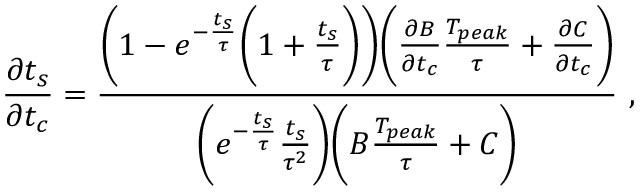
\frac { \partial t _ { s } } { \partial t _ { c } } = \frac { \Bigg ( 1 - e ^ { - \frac { t _ { s } } { \tau } } \Bigg ( 1 + \frac { t _ { s } } { \tau } \Bigg ) \Bigg ) \Bigg ( \frac { \partial B } { \partial t _ { c } } \frac { T _ { p e a k } } { \tau } + \frac { \partial C } { \partial t _ { c } } \Bigg ) } { \Bigg ( e ^ { - \frac { t _ { s } } { \tau } } \frac { t _ { s } } { \tau ^ { 2 } } \Bigg ) \Bigg ( B \frac { T _ { p e a k } } { \tau } + C \Bigg ) } ~ ,